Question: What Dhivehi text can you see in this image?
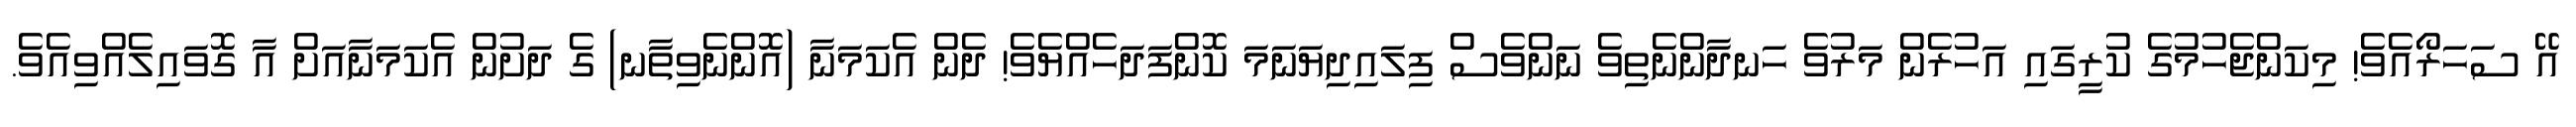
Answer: އޭ ސަހަރޯއެވެ! މިކަންޖެހުމުގެ ކުރީގައި އަހުރެން މަރުވެ ހަނދާންނެތިވެ ނަންވެސް ފިލައިދިޔަނަމަ ކޮންފަދަހެއްޔެވެ! ދެން އެކަމަނާ (އޮންނެވިތާނ) ގެ ދަށުން އެކަމަނާއަށް އާ ގޮވައިލެއްވިއެވެ.